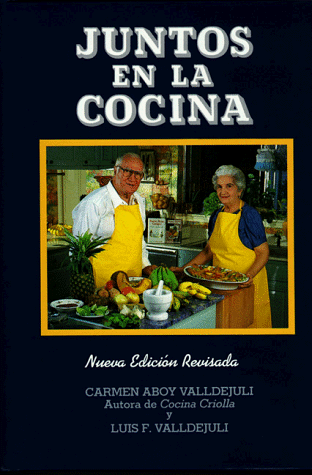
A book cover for Juntos en la Cocina (Spanish Edition); Carmen Valldejuli; Cookbooks, Food & Wine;